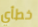
خطأي